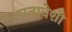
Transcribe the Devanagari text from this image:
घनावेशी